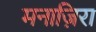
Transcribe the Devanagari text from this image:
मनाज़िरा